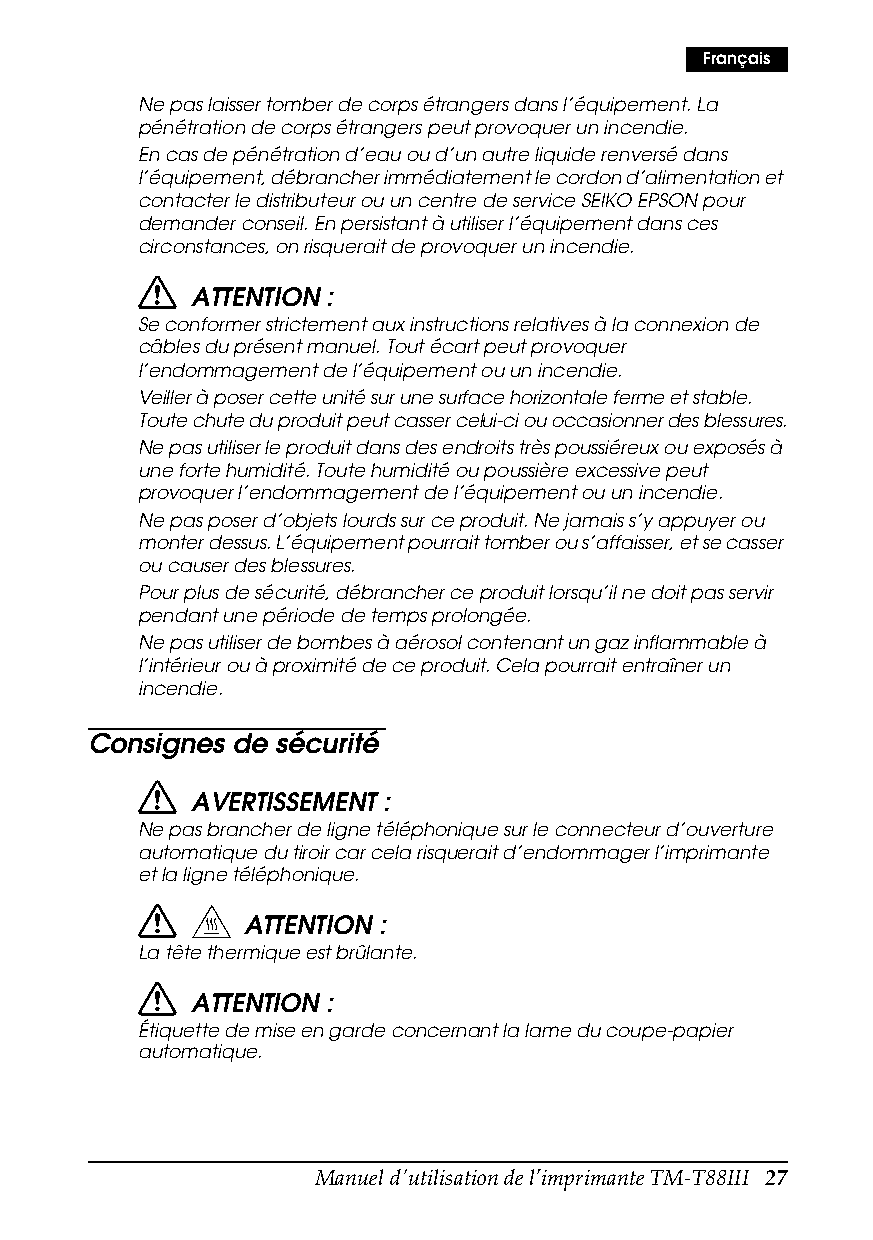
Français
 Ne pas laisser tomber de corps étrangers dans l’équipement. La
 pénétration de corps étrangers peut provoquer un incendie.
 En cas de pénétration d’eau ou d’un autre liquide renversé dans
 l’équipement, débrancher immédiatement le cordon d’alimentation et
 contacter le distributeur ou un centre de service SEIKO EPSON pour
 demander conseil. En persistant à utiliser l’équipement dans ces
 circonstances, on risquerait de provoquer un incendie.
 ATTENTION :
 Se conformer strictement aux instructions relatives à la connexion de
 câbles du présent manuel. Tout écart peut provoquer
 l’endommagement de l’équipement ou un incendie.
 Veiller à poser cette unité sur une surface horizontale ferme et stable.
 Toute chute du produit peut casser celui-ci ou occasionner des blessures.
 Ne pas utiliser le produit dans des endroits très poussiéreux ou exposés à
 une forte humidité. Toute humidité ou poussière excessive peut
 provoquer l’endommagement de l’équipement ou un incendie.
 Ne pas poser d’objets lourds sur ce produit. Ne jamais s’y appuyer ou
 monter dessus. L’équipement pourrait tomber ou s’affaisser, et se casser
 ou causer des blessures.
 Pour plus de sécurité, débrancher ce produit lorsqu’il ne doit pas servir
 pendant une période de temps prolongée.
 Ne pas utiliser de bombes à aérosol contenant un gaz inflammable à
 l’intérieur ou à proximité de ce produit. Cela pourrait entraîner un
 incendie.
 Consignes de sécurité
 AVERTISSEMENT :
 Ne pas brancher de ligne téléphonique sur le connecteur d’ouverture
 automatique du tiroir car cela risquerait d’endommager l’imprimante
 et la ligne téléphonique.
 ATTENTION :
 La tête thermique est brûlante.
 ATTENTION :
 Étiquette de mise en garde concernant la lame du coupe-papier
 automatique.
 Manuel d'utilisation de l’imprimante TM-T88III 27